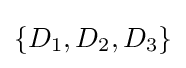
\{D_{1},D_{2},D_{3}\}